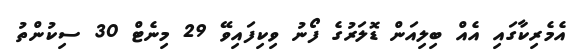
އެމެރިކާގައި އެއް ބިލިއަން ޑޮލަރުގެ ފޯނު ވިކިފައިވޭ 29 މިނެޓް 30 ސިކުންތު